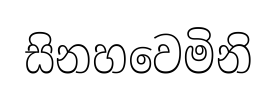
සිනහවෙමිනි